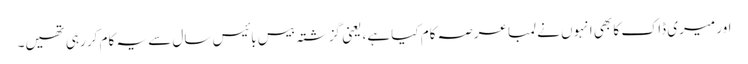
اور میری ڈاک کا بھی انہوں نے لمبا عرصہ کام کیا ہے، یعنی گزشتہ بیس بائیس سال سے یہ کام کر رہی تھیں۔